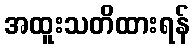
အထူးသတိထားရန်